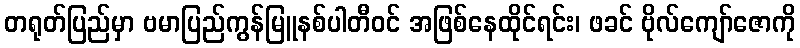
တရုတ်ပြည်မှာ ဗမာပြည်ကွန်မြူနစ်ပါတီဝင် အဖြစ်နေထိုင်ရင်း၊ ဖခင် ဗိုလ်ကျော်ဇောကို